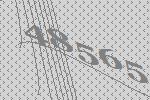
48565